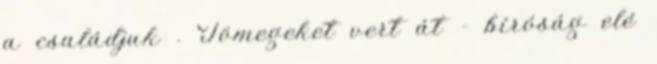
a családjuk . Tömegeket vert át - bíróság elé